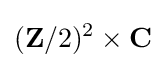
(\mathbf {Z} /2)^{2}\times \mathbf {C}